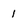
Character: 1